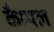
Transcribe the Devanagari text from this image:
कैम्पल